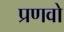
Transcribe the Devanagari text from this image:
प्रणवो